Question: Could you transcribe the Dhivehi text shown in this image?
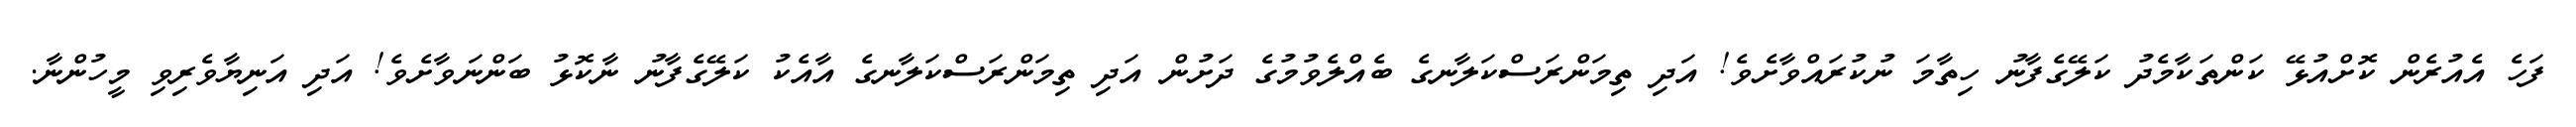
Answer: ފަހެ އެއުރެން ކޮށްއުޅޭ ކަންތަކާމެދު ކަލޭގެފާނު ހިތާމަ ނުކުރައްވާށެވެ! އަދި ތިމަންރަސްކަލާނގެ ބެއްލެވުމުގެ ދަށުން އަދި ތިމަންރަސްކަލާނގެ އާއެކު ކަލޭގެފާނު ނާކޮޅު ބަންނަވާށެވެ! އަދި އަނިޔާވެރިވި މީހުންނާ.